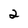
Character: 2